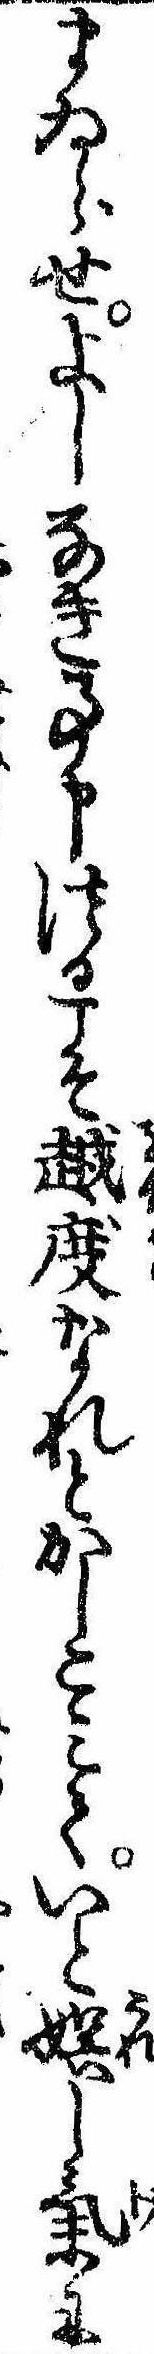
まゐらせよしなき事申つるこそ越度なれとかしこみていと娯し気に